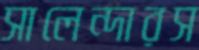
সালেন্দারস